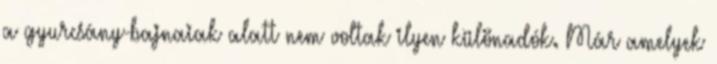
a gyurcsány-bajnaiak alatt nem voltak ilyen különadók. Már amelyek